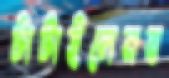
টাটাইলেনব